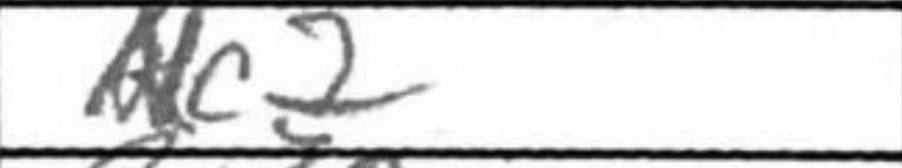
Transcription: c2